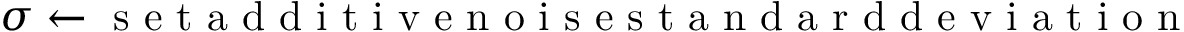
\sigma \gets \mathrm { ~ s ~ e ~ t ~ a ~ d ~ d ~ i ~ t ~ i ~ v ~ e ~ n ~ o ~ i ~ s ~ e ~ s ~ t ~ a ~ n ~ d ~ a ~ r ~ d ~ d ~ e ~ v ~ i ~ a ~ t ~ i ~ o ~ n ~ }